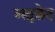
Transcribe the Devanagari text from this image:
अतुछेद